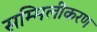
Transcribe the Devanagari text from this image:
सम्मिलीकरण